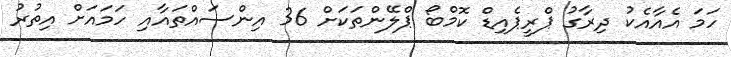
ހަމަ އެއާއެކު ދިރާގު ޕްރީޕެއިޑް ކޮމްބޯ ޕްލޭންތަކަށް 36 އިންސައްތައާއި ހަމައަށް އިތުރު